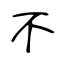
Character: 不